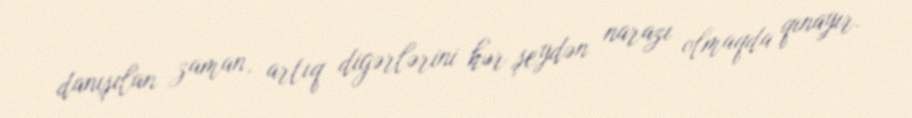
danışılan zaman, artıq digərlərini hər şeydən narazı olmaqda qınayır.